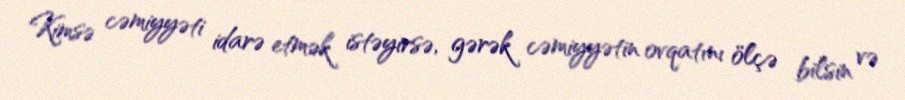
Kimsə cəmiyyəti idarə etmək istəyirsə, gərək cəmiyyətin ovqatını ölçə bilsin və